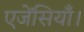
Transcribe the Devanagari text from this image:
एजेंसियाँ।